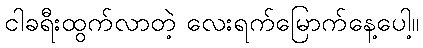
ငါခရီးထွက်လာတဲ့ လေးရက်မြောက်နေ့ပေါ့။